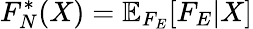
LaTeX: F_{N}^{*}(X)=\mathbb{E}_{F_{E}}[F_{E}|X]